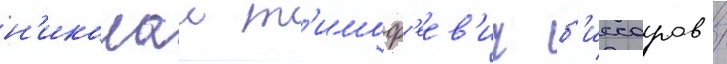
н'иколаи т'имоф'еев'ич б'иссаров /